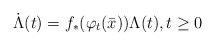
\begin{align*}\dot{\Lambda}(t) = f_*(\varphi_{t}(\bar{x})) \Lambda(t), t \ge 0\end{align*}